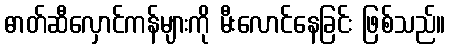
ဓာတ်ဆီလှောင်ကန်များကို မီးလောင်နေခြင်း ဖြစ်သည်။